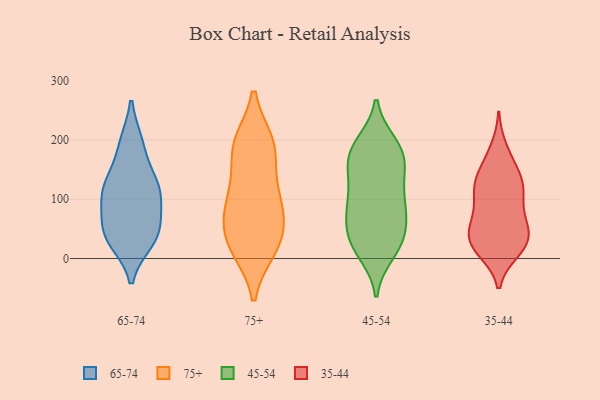
{"axis": {"x": "Churn Rate (%)", "y": "Value"}, "legend": ["35-44", "45-54", "65-74", "75+"], "data": [{"x": "", "y": 130, "type": "65-74"}, {"x": "", "y": 43, "type": "65-74"}, {"x": "", "y": 32, "type": "65-74"}, {"x": "", "y": 52, "type": "65-74"}, {"x": "", "y": 30, "type": "65-74"}, {"x": "", "y": 194, "type": "65-74"}, {"x": "", "y": 108, "type": "65-74"}, {"x": "", "y": 94, "type": "65-74"}, {"x": "", "y": 129, "type": "65-74"}, {"x": "", "y": 44, "type": "65-74"}, {"x": "", "y": 194, "type": "65-74"}, {"x": "", "y": 126, "type": "65-74"}, {"x": "", "y": 94, "type": "65-74"}, {"x": "", "y": 54, "type": "75+"}, {"x": "", "y": 19, "type": "75+"}, {"x": "", "y": 47, "type": "75+"}, {"x": "", "y": 21, "type": "75+"}, {"x": "", "y": 17, "type": "75+"}, {"x": "", "y": 89, "type": "75+"}, {"x": "", "y": 120, "type": "75+"}, {"x": "", "y": 192, "type": "75+"}, {"x": "", "y": 87, "type": "75+"}, {"x": "", "y": 181, "type": "75+"}, {"x": "", "y": 194, "type": "75+"}, {"x": "", "y": 191, "type": "75+"}, {"x": "", "y": 102, "type": "75+"}, {"x": "", "y": 82, "type": "45-54"}, {"x": "", "y": 32, "type": "45-54"}, {"x": "", "y": 167, "type": "45-54"}, {"x": "", "y": 186, "type": "45-54"}, {"x": "", "y": 192, "type": "45-54"}, {"x": "", "y": 179, "type": "45-54"}, {"x": "", "y": 25, "type": "45-54"}, {"x": "", "y": 83, "type": "45-54"}, {"x": "", "y": 123, "type": "45-54"}, {"x": "", "y": 93, "type": "45-54"}, {"x": "", "y": 35, "type": "45-54"}, {"x": "", "y": 11, "type": "45-54"}, {"x": "", "y": 91, "type": "45-54"}, {"x": "", "y": 144, "type": "45-54"}, {"x": "", "y": 64, "type": "45-54"}, {"x": "", "y": 25, "type": "45-54"}, {"x": "", "y": 150, "type": "45-54"}, {"x": "", "y": 181, "type": "45-54"}, {"x": "", "y": 128, "type": "35-44"}, {"x": "", "y": 185, "type": "35-44"}, {"x": "", "y": 63, "type": "35-44"}, {"x": "", "y": 24, "type": "35-44"}, {"x": "", "y": 104, "type": "35-44"}, {"x": "", "y": 107, "type": "35-44"}, {"x": "", "y": 50, "type": "35-44"}, {"x": "", "y": 60, "type": "35-44"}, {"x": "", "y": 125, "type": "35-44"}, {"x": "", "y": 19, "type": "35-44"}, {"x": "", "y": 35, "type": "35-44"}, {"x": "", "y": 167, "type": "35-44"}, {"x": "", "y": 118, "type": "35-44"}, {"x": "", "y": 26, "type": "35-44"}, {"x": "", "y": 128, "type": "35-44"}, {"x": "", "y": 147, "type": "35-44"}, {"x": "", "y": 17, "type": "35-44"}, {"x": "", "y": 73, "type": "35-44"}, {"x": "", "y": 45, "type": "35-44"}, {"x": "", "y": 13, "type": "35-44"}]}